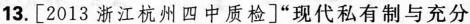
13.[2013浙江杭州四中质检]”现代私有制与充分